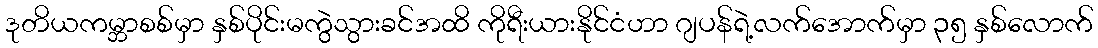
ဒုတိယကမ္ဘာစစ်မှာ နှစ်ပိုင်းမကွဲသွားခင်အထိ ကိုရီးယားနိုင်ငံဟာ ဂျပန်ရဲ့လက်အောက်မှာ ၃၅ နှစ်လောက်